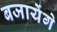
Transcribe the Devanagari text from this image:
बजायेंगे